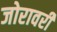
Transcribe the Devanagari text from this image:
जोरावरी